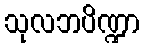
သုလဘပိဏ္ဍာ